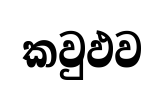
කවුඵව